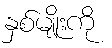
နှစ်မျိုးကို